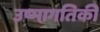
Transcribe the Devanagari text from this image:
उष्‍मागतिकी